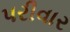
પરીવાર